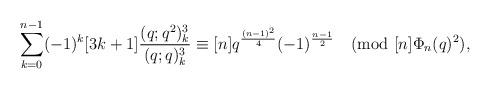
LaTeX: \begin{align*}\sum_{k=0}^{n-1}(-1)^k [3k+1]\frac{(q;q^2)_k^3}{(q;q)_k^3}\equiv [n]q^{\frac{(n-1)^2}{4}}(-1)^{\frac{n-1}{2}} \pmod{[n]\Phi_n(q)^2}, \end{align*}